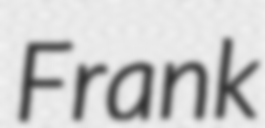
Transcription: Frank